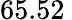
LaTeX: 65.52\